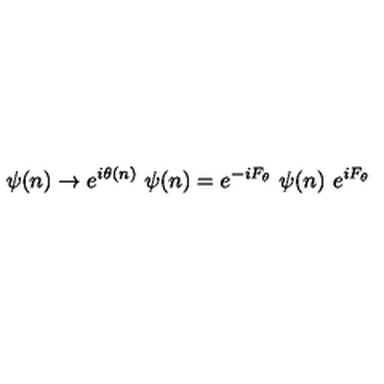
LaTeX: \psi ( n ) \to e ^ { i \theta ( n ) } \ \psi ( n ) = e ^ { - i F _ { \theta } } \ \psi ( n ) \ e ^ { i F _ { \theta } }